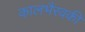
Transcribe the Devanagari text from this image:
कालभैरवकी